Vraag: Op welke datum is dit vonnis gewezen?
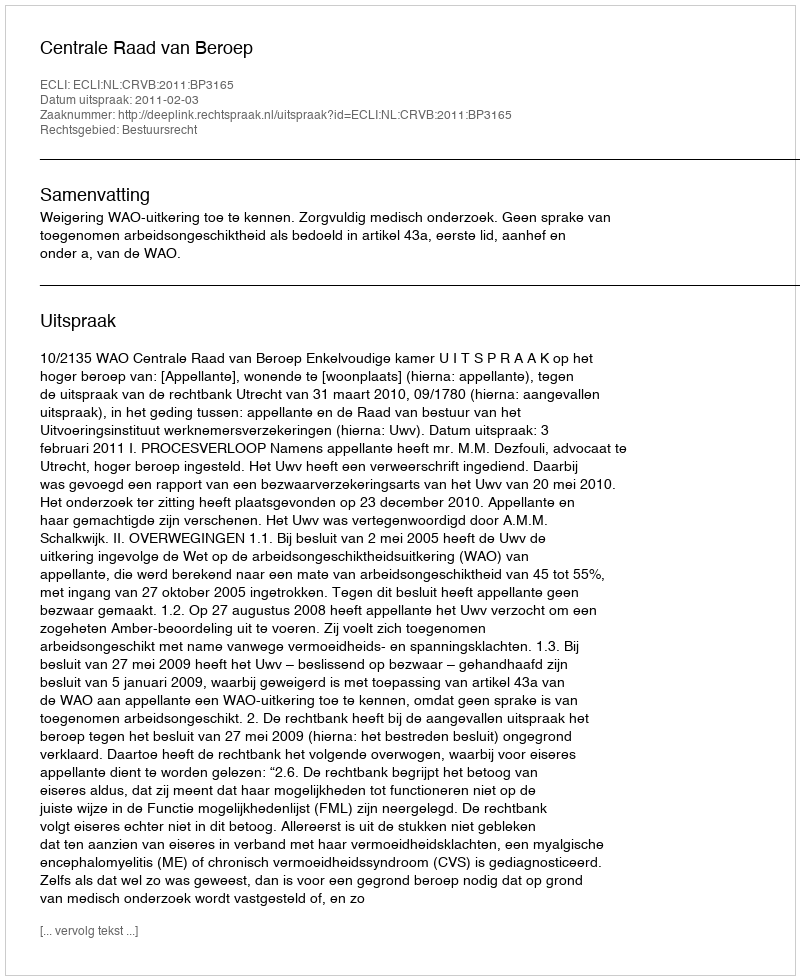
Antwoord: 2011-02-03